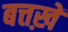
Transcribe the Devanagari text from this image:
बत्तख़ें